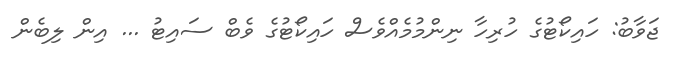
ޖަވާބު: ހައިކޯޓުގެ ހުރިހާ ނިންމުމެއްވެސް ހައިކޯޓުގެ ވެބް ސައިޓު ... އިން ލިބެން